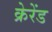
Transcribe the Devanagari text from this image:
क्रेरेंड